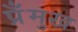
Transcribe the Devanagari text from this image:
प्रँमुख